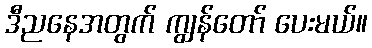
ဒီညနေအတွက် ကျွန်တော် ပေးမယ်။